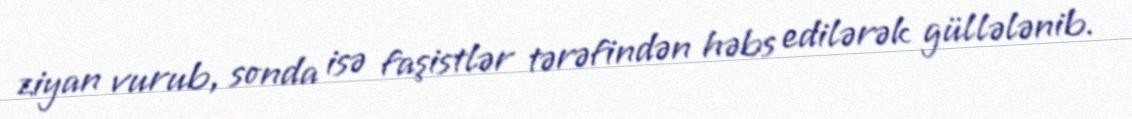
ziyan vurub, sonda isə faşistlər tərəfindən həbs edilərək güllələnib.